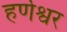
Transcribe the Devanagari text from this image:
हर्णेश्वर